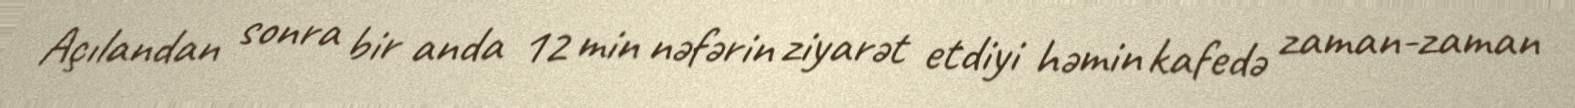
Açılandan sonra bir anda 12 min nəfərin ziyarət etdiyi həmin kafedə zaman-zaman